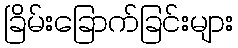
ခြိမ်းခြောက်ခြင်းများ